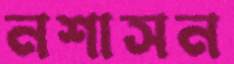
নশাসন